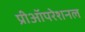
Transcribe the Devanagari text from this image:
प्रीऑपरेशनल